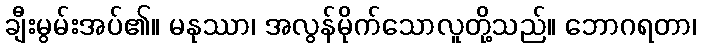
ချီးမွမ်းအပ်၏။ မနုဿာ၊ အလွန်မိုက်သောလူတို့သည်။ ဘောဂရတာ၊